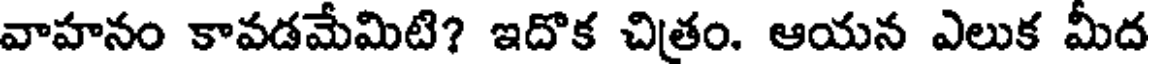
వాహనం కావడమేమిటి? ఇదొక చిత్రం. ఆయన ఎలుక మీద